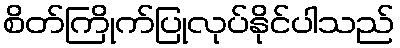
စိတ်ကြိုက်ပြုလုပ်နိုင်ပါသည်